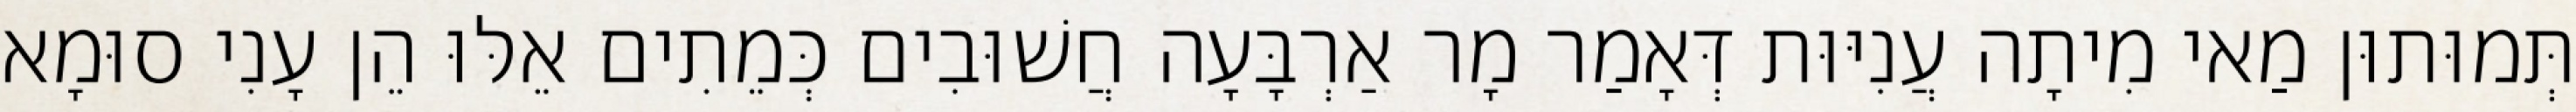
תְּמוּתוּן מַאי מִיתָה עֲנִיּוּת דְּאָמַר מָר אַרְבָּעָה חֲשׁוּבִים כְּמֵתִים אֵלּוּ הֵן עָנִי סוּמָא